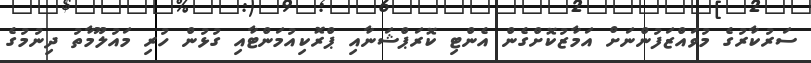
ސަރުކާރުގެ މުވައްޒަފުންނަށް އަމާޒުކޮށްގެން އެންޓި ކޮރަޕްޝަނާއި ޕްރޮކިއުމަންޓާއި ގުޅުން ހުރި މައުލޫމާތު ދިނުމުގެ